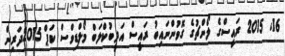
16